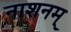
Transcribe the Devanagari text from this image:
नाशनम्‌